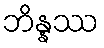
ဘိန္နဿ